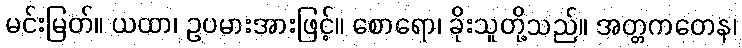
မင်းမြတ်။ ယထာ၊ ဥပမားအားဖြင့်။ စောရော၊ ခိုးသူတို့သည်။ အတ္တကတေန၊